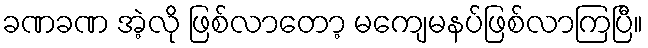
ခဏခဏ အဲ့လို ဖြစ်လာတော့ မကျေမနပ်ဖြစ်လာကြပြီ။